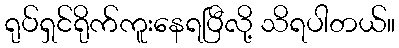
ရုပ်ရှင်ရိုက်ကူးနေရပြီလို့ သိရပါတယ်။